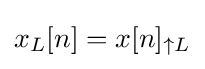
x_{L}[n]=x[n]_{\uparrow L}